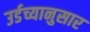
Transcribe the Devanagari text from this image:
उर्डच्यानुसार